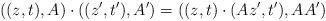
LaTeX: \begin{align*} \left((z,t),A\right)\cdot\left((z',t'),A'\right) =\left((z,t)\cdot(Az',t'),AA'\right) \end{align*}